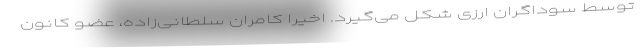
توسط سوداگران ارزی شکل می‌گیرد. اخیراً کامران سلطانی‌زاده، عضو کانون